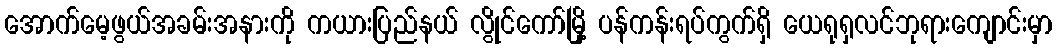
အောက်မေ့ဖွယ်အခမ်းအနားကို ကယားပြည်နယ် လွိုင်ကော်မြို့ ပန်ကန်းရပ်ကွက်ရှိ ယေရုရှလင်ဘုရားကျောင်းမှာ